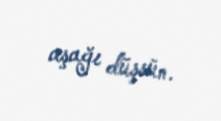
aşağı düşsün.